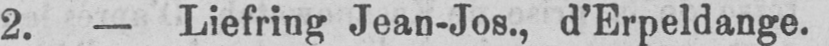
2. - Liefring Jean-Jos., d’Erpeldange.